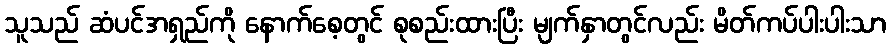
သူသည် ဆံပင်အရှည်ကို နောက်စေ့တွင် စုစည်းထားပြီး မျက်နှာတွင်လည်း မိတ်ကပ်ပါးပါးသာ